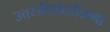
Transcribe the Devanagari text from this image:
उत्तराधिकारीराणा